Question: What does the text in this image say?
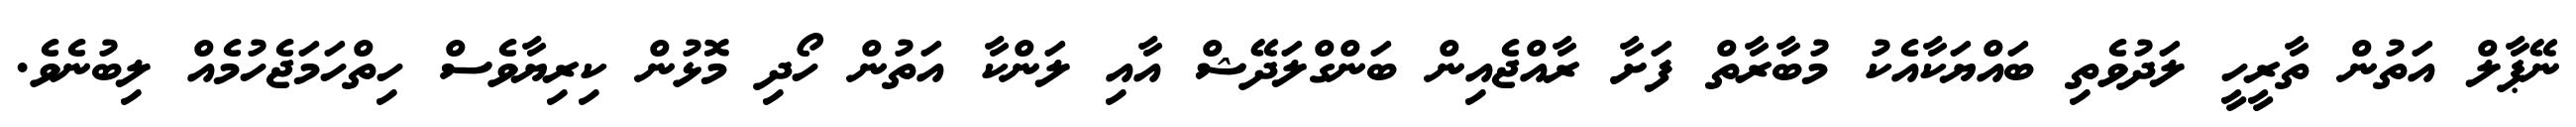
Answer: ނޭޕާލް އަތުން ތާރީހީ ލަދުވެތި ބައްޔަކާއެކު މުބާރާތް ފަށާ ރާއްޖެއިން ބަންގްލަދޭޝް އާއި ލަންކާ އަތުން ހޯދި މޮޅުން ކިރިޔާވެސް ހިތްހަމަޖެހުމެއް ލިބުނެވެ.